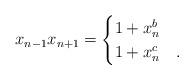
LaTeX: \begin{align*}x_{n-1}x_{n+1} = \begin{cases} 1 + x_n^b & \\1 + x_n^c &.\end{cases}\end{align*}